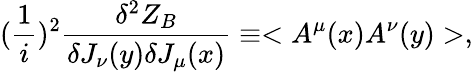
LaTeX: ({\frac{1}{i}})^{2}{\frac{\delta^{2}Z_{B}}{\delta J_{\nu}(y)\delta J_{\mu}(x)}}\equiv<A^{\mu}(x)A^{\nu}(y)>,